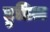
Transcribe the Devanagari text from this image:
हुडिज़